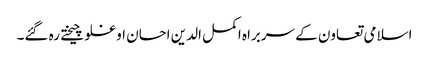
اسلامی تعاون کے سربراہ اکمل الدین احسان اوغلو چیختے رہ گئے۔